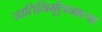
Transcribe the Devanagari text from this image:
जातिनिर्मूलनाच्या